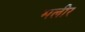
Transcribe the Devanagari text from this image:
मलीर